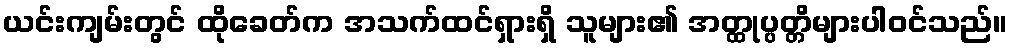
ယင်းကျမ်းတွင် ထိုခေတ်က အသက်ထင်ရှားရှိ သူများ၏ အတ္ထုပ္ပတ္တိများပါဝင်သည်။